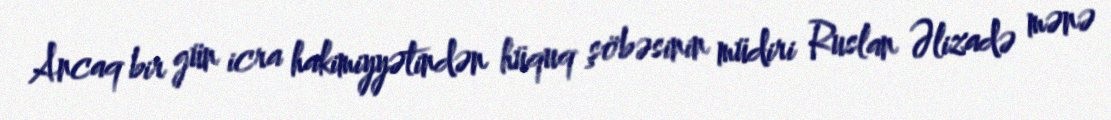
Ancaq bir gün icra hakimiyyətindən hüquq şöbəsinin müdiri Ruslan Əlizadə mənə